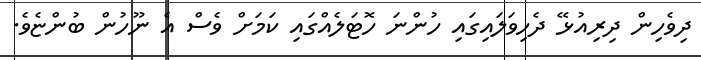
ދިވެހިން ދިރިއުޅޭ ދެހިވަލައިގައި ހުންނަ ހޮޓަލެއްގައި ކަމަށް ވެސް އެ ނޫހުން ބުންޏެވެ.